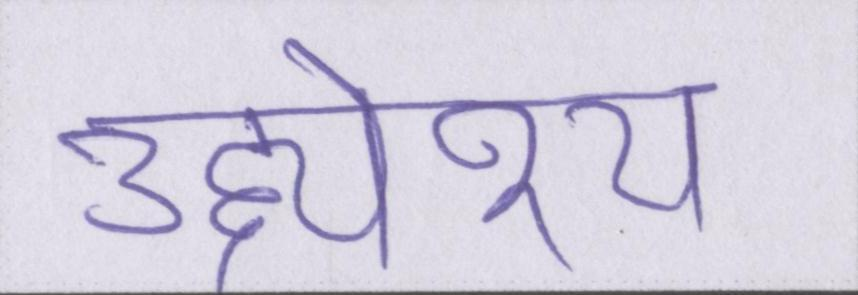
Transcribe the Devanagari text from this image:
उद्द्येश्य